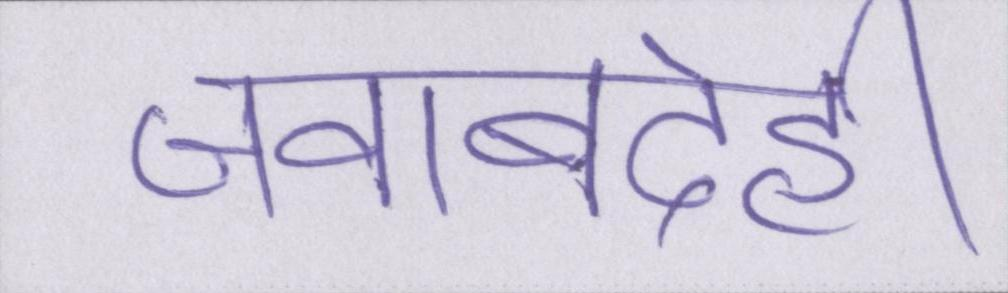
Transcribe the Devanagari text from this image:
जवाबदेही